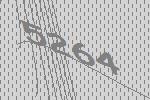
5264